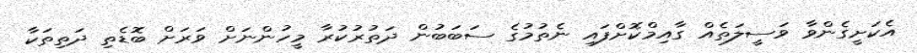
އެކަށީގެންވާ ވަސީލަތެއް ގާއިމްކޮށްފައި ނެތުމުގެ ސަބަބުން ދަތުރުކުރާ މީހުންނަށް ވަރަށް ބޮޑެތި ދަތިތަކާ